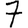
Digit: 7